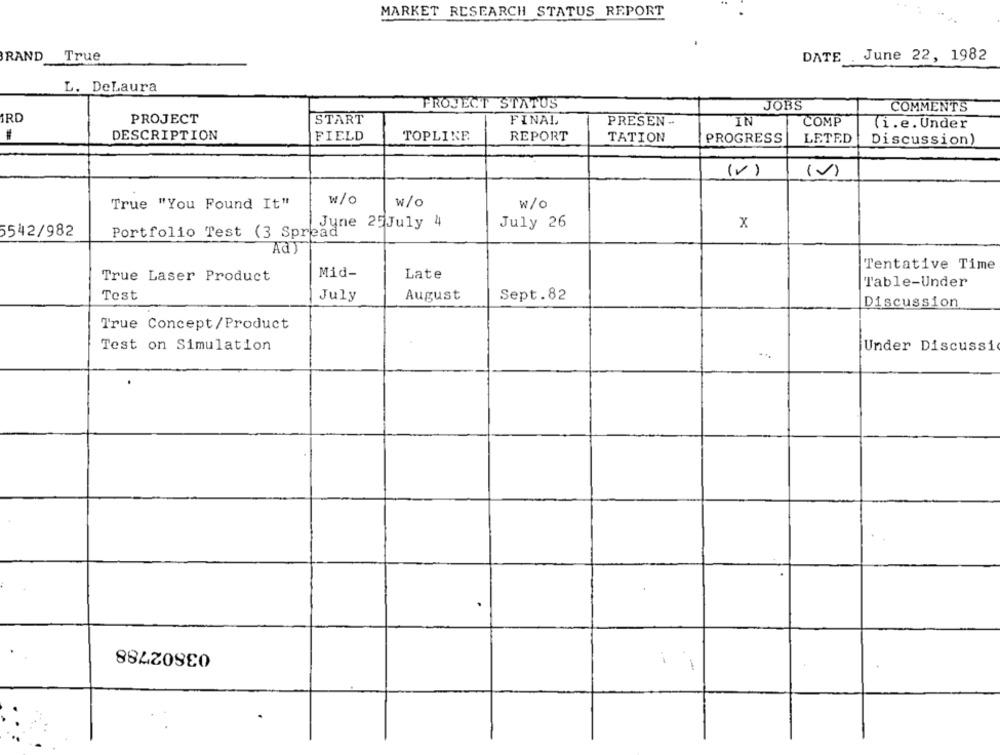
MARKET RESEARCH STATUS REPORT
BRAND
True
DATE .June 22, 1982
L. DeLaura
PROJECT STATUS
JOBS
COMMENTS
IRD
PROJECT
START
FINAL
PRESEN -
IN
COMP
(i.e. Under
DESCRIPTION
FIELD
TOPLINE
REPORT
TATION
PROGRESS
LETED
Discussion)
(v)
(V)
w/c
w/o
w/O
True "You Found It"
June 25July 4
July 26
x
5542/982
Portfolio Test (3 Spread
Ad)
Tentative Time
True Laser Product
Mid-
Late
Table-Under
Test
July
August
Sept.82
Discussion
True Concept/Product
Test on Simulation
Under Discussi
03802788
-